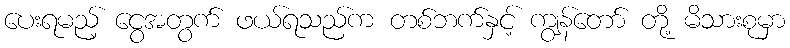
ပေးရမည့် ငွေအတွက် ဖယ်ရသည်က တစ်ဘက်နှင့် ကျွန်တော် တို့ မိသားစုမှာ